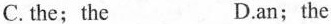
C.the;the D.an;the